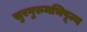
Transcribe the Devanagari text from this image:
सुरगुरुमभिपूज्य